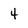
Character: 4